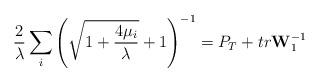
LaTeX: \begin{align*}\frac{2}{\lambda} \sum\limits_i \left( {\sqrt {1+\frac{4\mu _i }{\lambda }} +1} \right)^{-1} =P_T + tr{\rm {\bf W}}_1^{-1}\end{align*}